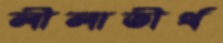
লীলাতীর্থ